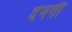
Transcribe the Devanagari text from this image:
देनगी